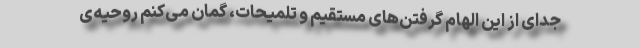
جدای از این الهام گرفتن‌های مستقیم و تلمیحات، گمان می‌کنم روحیه‌ی